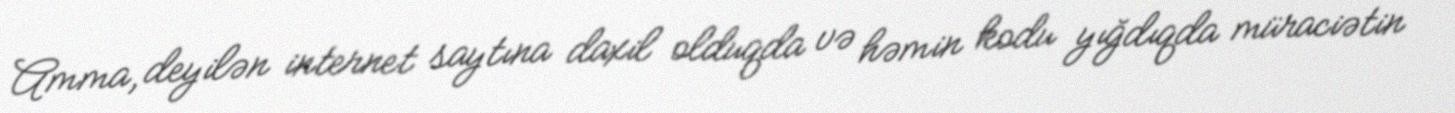
Amma, deyilən internet saytına daxil olduqda və həmin kodu yığdıqda müraciətin